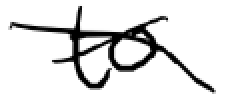
Text: to
Cross-out: cross
Writing tool: digital_black